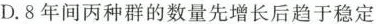
D. 8年间丙种群的数量先增长后趋于稳定